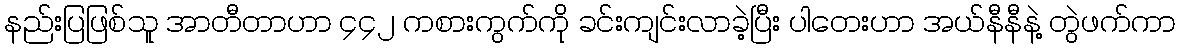
နည်းပြဖြစ်သူ အာတီတာဟာ ၄၄၂ ကစားကွက်ကို ခင်းကျင်းလာခဲ့ပြီး ပါတေးဟာ အယ်နီနီနဲ့ တွဲဖက်ကာ